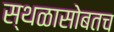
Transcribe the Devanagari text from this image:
स्थळासोबतच